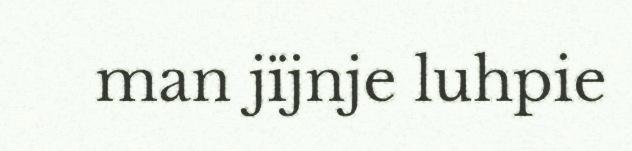
man jïjnje luhpie